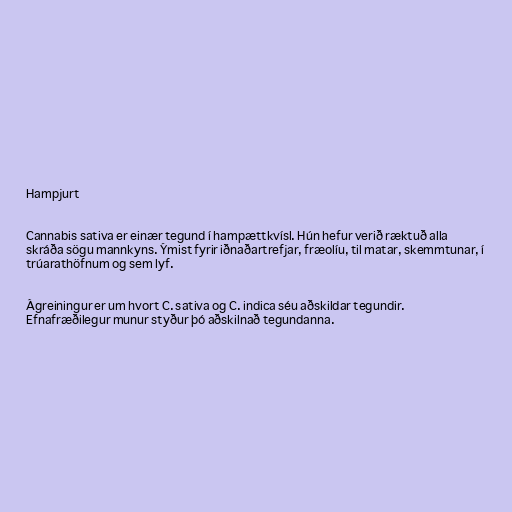
Hampjurt

Cannabis sativa er einær tegund í hampættkvísl. Hún hefur verið ræktuð alla
skráða sögu mannkyns. Ýmist fyrir iðnaðartrefjar, fræolíu, til matar, skemmtunar, í
trúarathöfnum og sem lyf.

Ágreiningur er um hvort C. sativa og C. indica séu aðskildar tegundir.
Efnafræðilegur munur styður þó aðskilnað tegundanna.